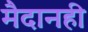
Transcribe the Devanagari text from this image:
मैदानही